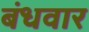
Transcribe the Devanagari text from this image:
बंधवार